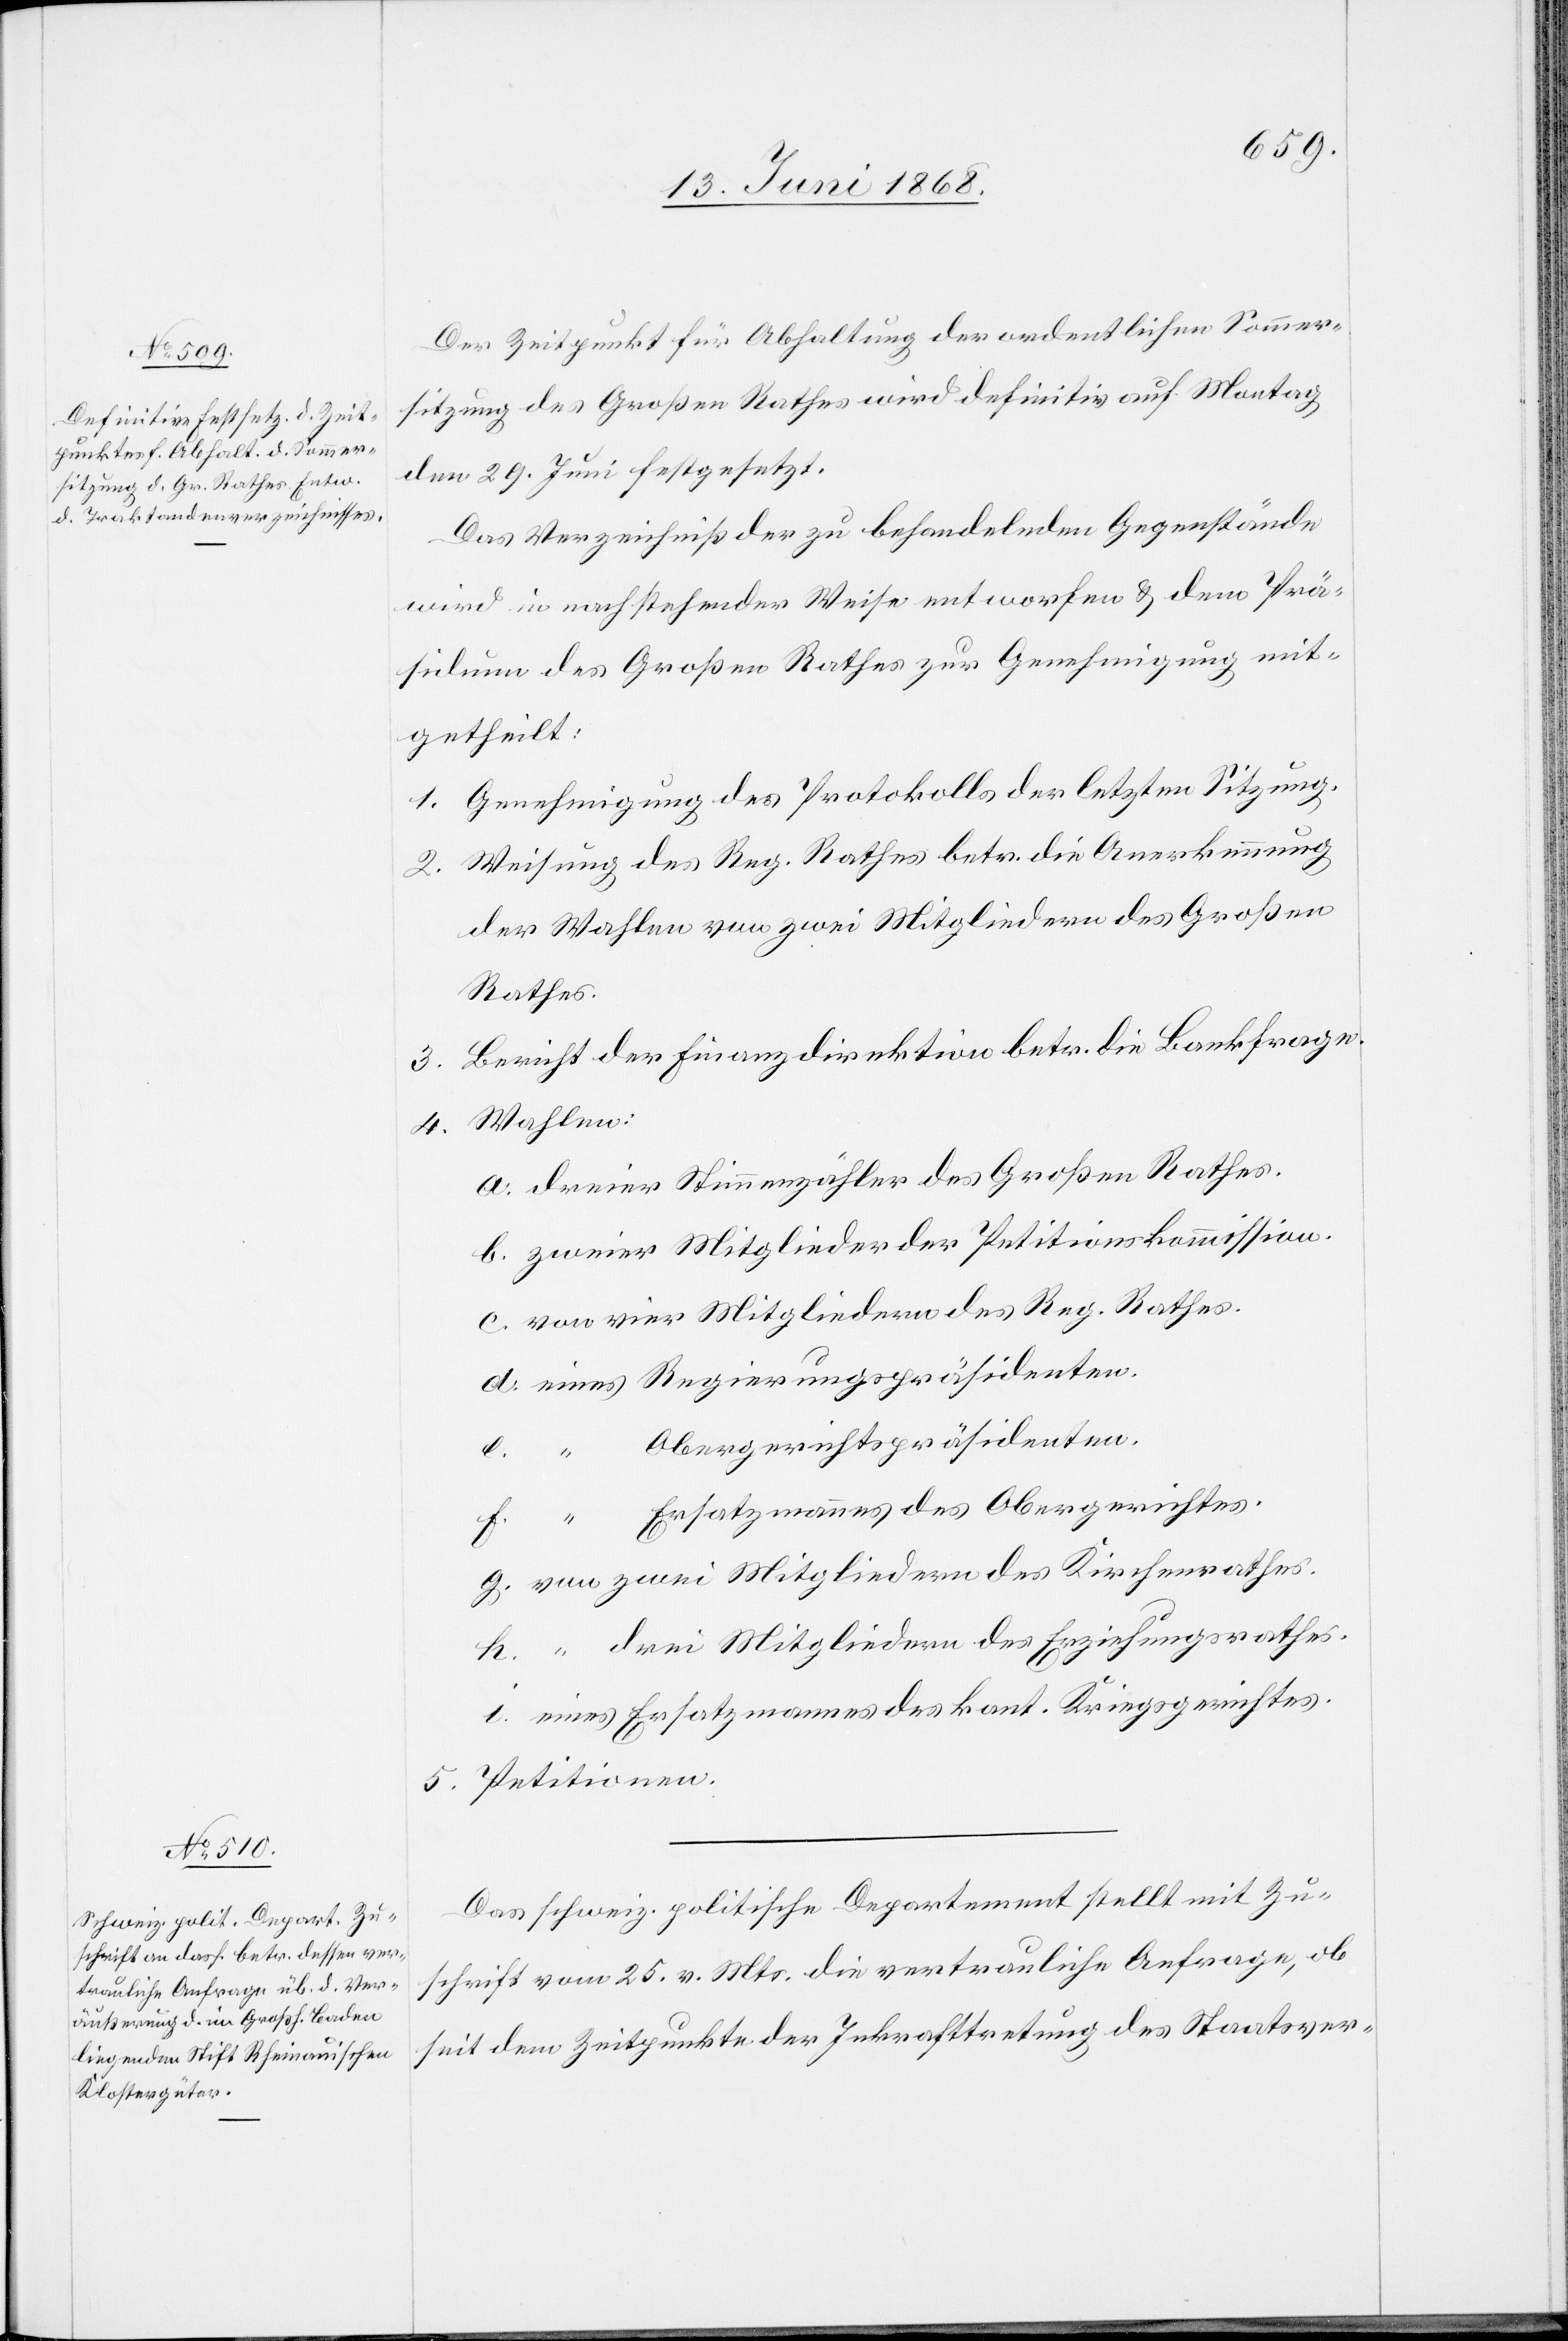
Der Zeitpunkt für Abhaltung der ordentlichen Sommer¬
sitzung des Großen Rathes wird definitiv auf Montag
den 29. Juni festgesetzt.
Das Verzeichniß der zu behandelnden Gegenstände
wird in nachstehender Weise entworfen & dem Prä¬
sidium des Großen Rathes zur Genehmigung mit¬
getheilt:
Genehmigung des Protokolls der letzten Sitzung.
Weisung des Reg. Rathes betr. die Anerkennung
der Wahlen von zwei Mitgliedern des Großen
Rathes.
Bericht der Finanzdirektion betr. die Bankfrage.
dreier Stimmenzähler des Großen Rathes.
zweier Mitglieder der Petitionskommission.
von vier Mitgliedern des Reg. Rathes.
eines Regierungspräsidenten.
Obergerichtspräsidenten.
5.
tionen.
“ Ersatzmannes des Obergerichtes.
von zwei Mitgliedern des Kirchenrathes.
“ drei Mitgliedern des Erziehungsrathes.
eines Ersatzmannes des kant. Kriegsgerichtes.
Das schweiz. politische Departement stellt mit Zu¬
schrift vom 25. v. Mts. die vertrauliche Anfrage, ob
seit dem Zeitpunkte der Inkrafttretung des Staatsver-